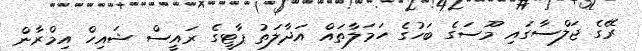
ރޭގެ ޖަލްސާގައި މޫސަގެ ބަހުގެ ހަމަލާތައް އަދާލަތު ޕާޓީގެ ރައީސް ޝައިހް އިމްރާން